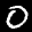
Label: 0